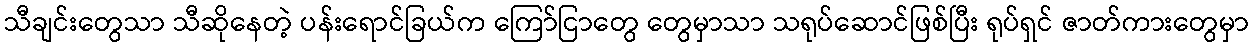
သီချင်းတွေသာ သီဆိုနေတဲ့ ပန်းရောင်ခြယ်က ကြော်ငြာတွေ တွေမှာသာ သရုပ်ဆောင်ဖြစ်ပြီး ရုပ်ရှင် ဇာတ်ကားတွေမှာ